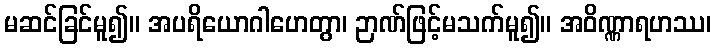
မဆင်ခြင်မူ၍။ အပရိယောဂါဟေတွာ၊ ဉာဏ်ဖြင့်မသက်မူ၍။ အဝိဏ္ဏာရဟဿ၊